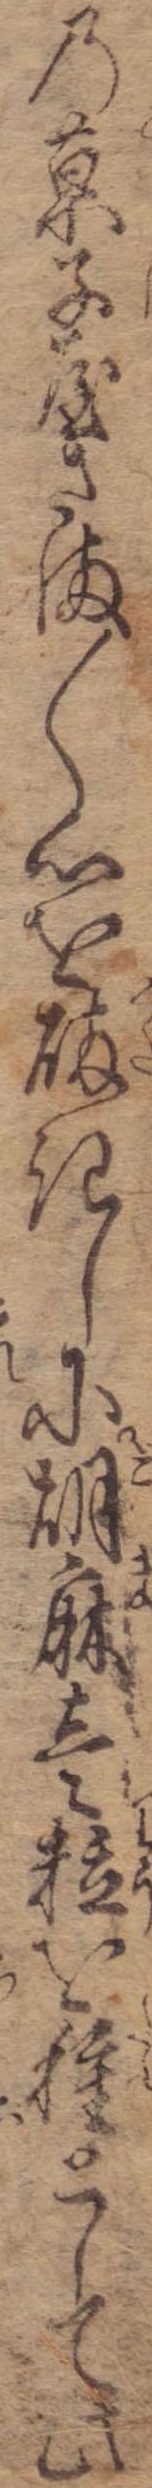
の菓子屋さま〱心を砕きしに胡麻壱粒を種として此